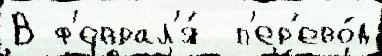
В ф'еврал'я́  п'ер'ево́д